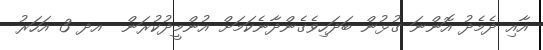
އާއި ދެމެދު އޮންނަ ގުޅުން ބަދަހިވެގެންދާނެކަމަށް އުންމީދުކުރަން  އދ 3 އަހަރު